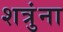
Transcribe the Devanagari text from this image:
शत्रुंना